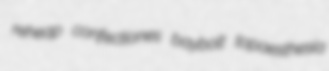
reheap confectiones baybolt topaesthesia